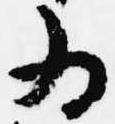
為